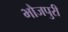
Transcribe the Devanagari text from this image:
भौजपुरी